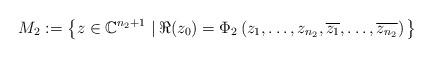
LaTeX: \begin{align*}M_2:=\left\{z\in\mathbb{C}^{n_2+1}\,\left|\,\Re(z_0)=\Phi_2\left(z_1,\ldots, z_{{n_2}},\overline{z_1},\ldots, \overline{z_{{n_2}}}\right)\right.\right\}\end{align*}